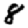
Digit: 8